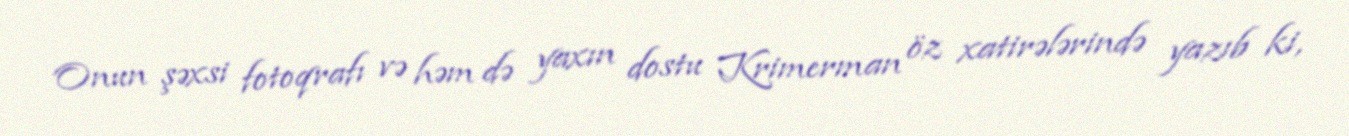
Onun şəxsi fotoqrafı və həm də yaxın dostu Krimerman öz xatirələrində yazıb ki,